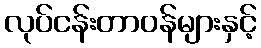
လုပ်ငန်းတာဝန်များနှင့်